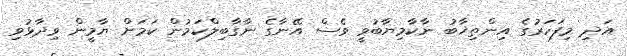
އަދި މިފަހަރުގެ އިންތިޚާބު ނާކާމިޔާބުވީ ވެސް އޭނާގެ ނާގާބިލްކަމުން ކަމަށް ޔާމީން ވިދާޅުވި